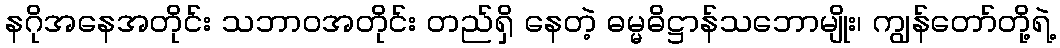
နဂိုအနေအတိုင်း သဘာဝအတိုင်း တည်ရှိ နေတဲ့ ဓမ္မဓိဋ္ဌာန်သဘောမျိုး၊ ကျွန်တော်တို့ရဲ့